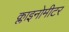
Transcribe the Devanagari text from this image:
क्लाइनोमीटर